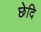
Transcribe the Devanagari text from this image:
छेदि